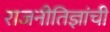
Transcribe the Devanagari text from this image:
राजनीतिज्ञांची